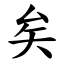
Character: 矣